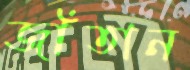
জাঁতান